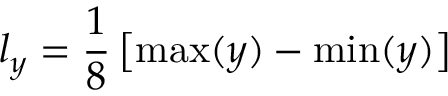
l _ { y } = \frac { 1 } { 8 } \left[ \operatorname* { m a x } ( y ) - \operatorname* { m i n } ( y ) \right]